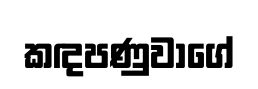
කඳපණුවාගේ